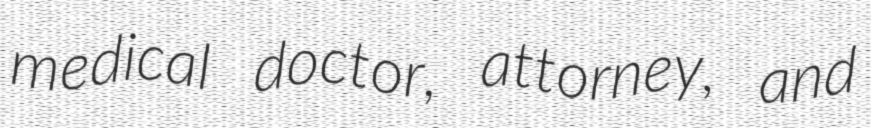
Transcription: medical doctor, attorney, and